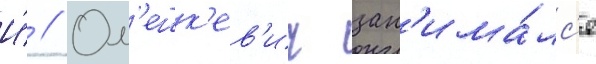
И́ // Ол'ешк'ев'ич зан'има́лс'я